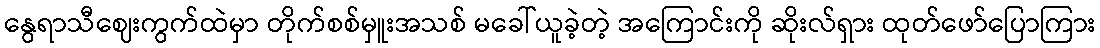
နွေရာသီဈေးကွက်ထဲမှာ တိုက်စစ်မှူးအသစ် မခေါ်ယူခဲ့တဲ့ အကြောင်းကို ဆိုးလ်ရှား ထုတ်ဖော်ပြောကြား